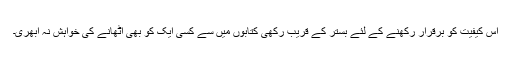
اس کیفیت کو برقرار رکھنے کے لئے بستر کے قریب رکھی کتابوں میں سے کسی ایک کو بھی اٹھانے کی خواہش نہ اُبھری۔